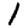
Digit: 1